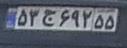
۵۳ج۶۹۲۵۵